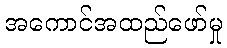
အကောင်အထည်ဖော်မှု